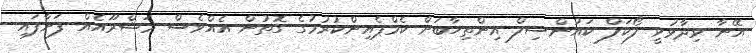
އޭނާ ވިދާޅުވީ ލޯކަލް ކައުންސިލް އިންތިހާބަށް ކެމްޕެއިންކުރުމުގެ ގޮތުން އެއްވެސް މަޝްރޫއެއް ފަށާފައި